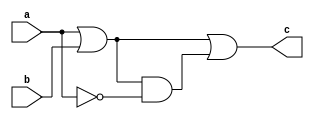
module some_logic(
    input a,
    input b,
    output c
);
    // Declare internal nets
    wire a_not;
    wire a_or_b;

    // Th order of assignments in not important
    assign c = a_or_b | (a_or_b & a_not);
    assign a_not = ~a;
    assign a_or_b = a | b;
endmodule